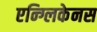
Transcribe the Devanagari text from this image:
एन्ग्लिकेनस